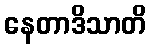
နေတာဒိသာတိ